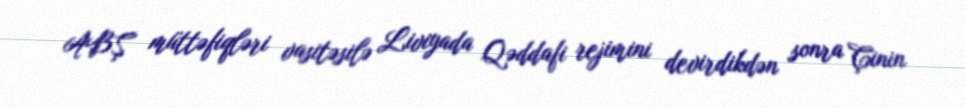
ABŞ müttəfiqləri vasitəsilə Liviyada Qəddafi rejimini devirdikdən sonra Çinin